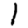
Digit: 1